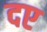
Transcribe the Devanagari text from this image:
दए